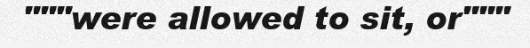
"""were allowed to sit, or"""